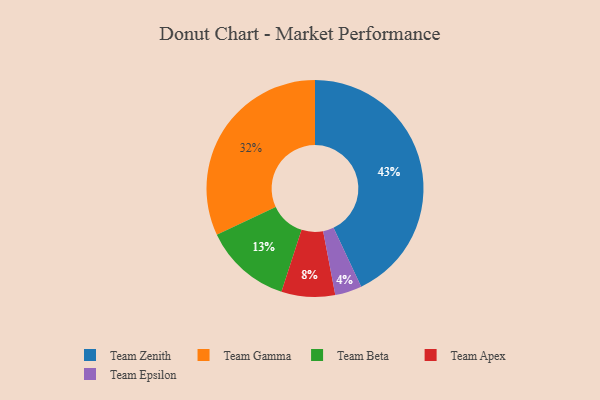
{"axis": {"x": "Category", "y": "Percentage"}, "legend": ["Team Apex", "Team Beta", "Team Epsilon", "Team Gamma", "Team Zenith"], "data": [{"x": "Team Beta", "y": 13, "type": "Team Beta"}, {"x": "Team Gamma", "y": 32, "type": "Team Gamma"}, {"x": "Team Zenith", "y": 43, "type": "Team Zenith"}, {"x": "Team Apex", "y": 8, "type": "Team Apex"}, {"x": "Team Epsilon", "y": 4, "type": "Team Epsilon"}]}